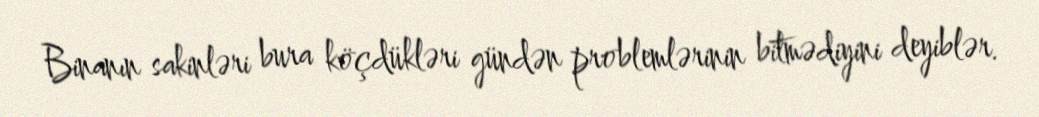
Binanın sakinləri bura köçdükləri gündən problemlərinin bitmədiyini deyiblər.